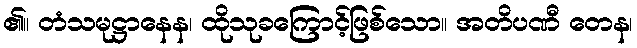
၏။ တံသမုဋ္ဌာနေန၊ ထိုသုခကြောင့်ဖြစ်သော။ အတိပဏီ တေန၊